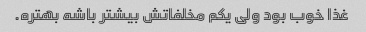
غذا خوب بود ولی یکم مخلفاتش بیشتر باشه بهتره.